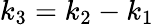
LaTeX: k_{3}=k_{2}-k_{1}